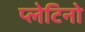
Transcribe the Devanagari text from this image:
प्लेटिनो